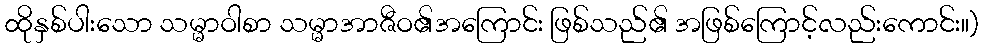
ထိုနှစ်ပါးသော သမ္မာဝါစာ သမ္မာအာဇီဝ၏အကြောင်း ဖြစ်သည်၏ အဖြစ်ကြောင့်လည်းကောင်း။)